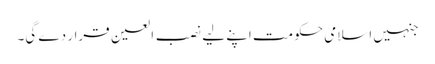
جنہیں اسلامی حکومت اپنے لیے نصب العین قرار دے گی۔